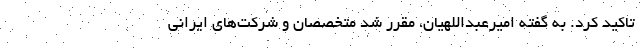
تاکید کرد. به گفته امیرعبداللهیان، مقرر شد متخصصان و شرکت‌های ایرانی